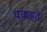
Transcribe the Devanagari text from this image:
पकड़ते।